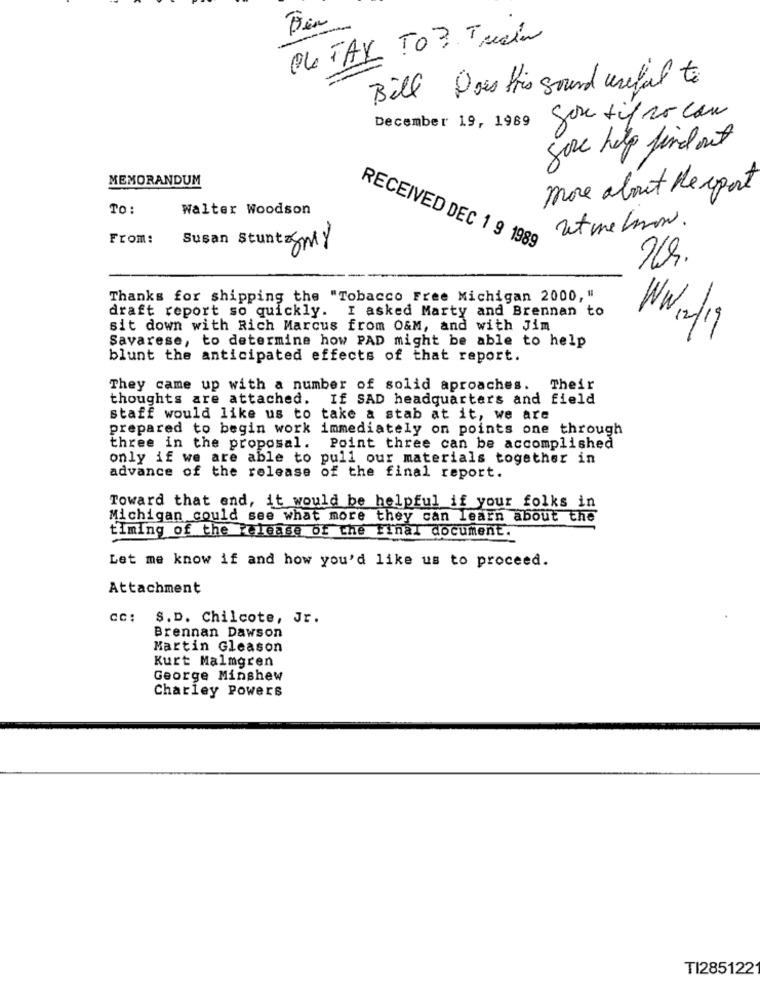
PL FAK TO 3. Train
Bill Dois tris sound useful to
gon tif so can
December 19, 1989
sove help find out
MEMORANDUM
more about the sport
TO:
Walter Woodson
utmelon.
From:
5ml
RECEIVED DEC 1 9 1989
Thanks for shipping the "Tobacco Free Michigan 2000, "
draft report so quickly. I asked Marty and Brennan to
sit down with Rich Marcus from O&M, and with Jim
WW12/19
Savarese, to determine how PAD might be able to help
blunt the anticipated effects of that report.
They came up with a number of solid aproaches.
Their
thoughts are attached. If SAD headquarters and field
staff would like us to take a stab at it, we are
prepared to begin work immediately on points one through
three in the proposal. Point three can be accomplished
only if we are able to pull our materials together in
advance of the release of the final report.
Toward that end, it would be helpful if your folks in
Michigan could see what more they can learn about the
timing of the release of the Final document.
Let me know if and how you'd like us to proceed.
Attachment
CC: $.D. Chilcote, Jr.
Brennan Dawson
Martin Gleason
Kurt Malmgren
George Minshew
Charley Powers
TI285122